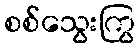
စစ်သွေးကြွ